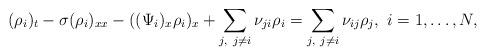
LaTeX: \begin{align*}(\rho_i)_t - \sigma(\rho_i)_{xx} - ((\Psi_i)_x \rho_i)_x + \sum\limits_{j,\ j\neq i}^{}\nu_{ji} \rho_i = \sum\limits_{j,\ j\neq i}^{}\nu_{ij} \rho_j, \ i=1,\dots, N,\end{align*}